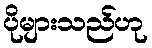
ပိုများသည်ဟု